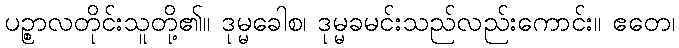
ပဉ္စာလတိုင်းသူတို့၏။ ဒုမ္မခေါစ၊ ဒုမ္မခမင်းသည်လည်းကောင်း။ ဧတေ၊